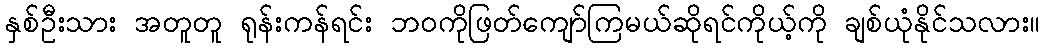
နှစ်ဦးသား အတူတူ ရုန်းကန်ရင်း ဘဝကိုဖြတ်ကျော်ကြမယ်ဆိုရင်ကိုယ့်ကို ချစ်ယုံနိုင်သလား။